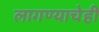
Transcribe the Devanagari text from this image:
लागण्याचेही